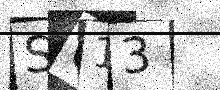
Text: S613